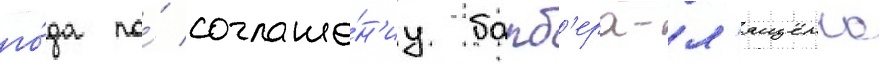
го́да по́ соглаше́н'иу барб'ера-л'ященко